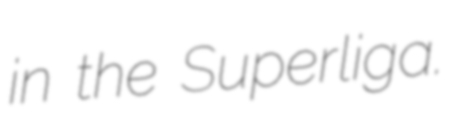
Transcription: in the Superliga.